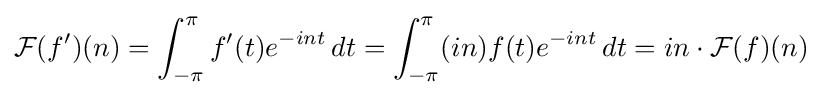
{\mathcal {F}}(f')(n)=\int _{-\pi }^{\pi }f'(t)e^{-int}\,dt=\int _{-\pi }^{\pi }(in)f(t)e^{-int}\,dt=in\cdot {\mathcal {F}}(f)(n)